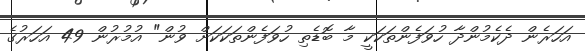
އަހަރެން ދެކެމުންދާ ހުވަފެންތަކަކީ މާ ބޮޑެތި ހުވަފެންތަކަކަށް ވުން" އުމުރުން 49 އަހަރުގެ